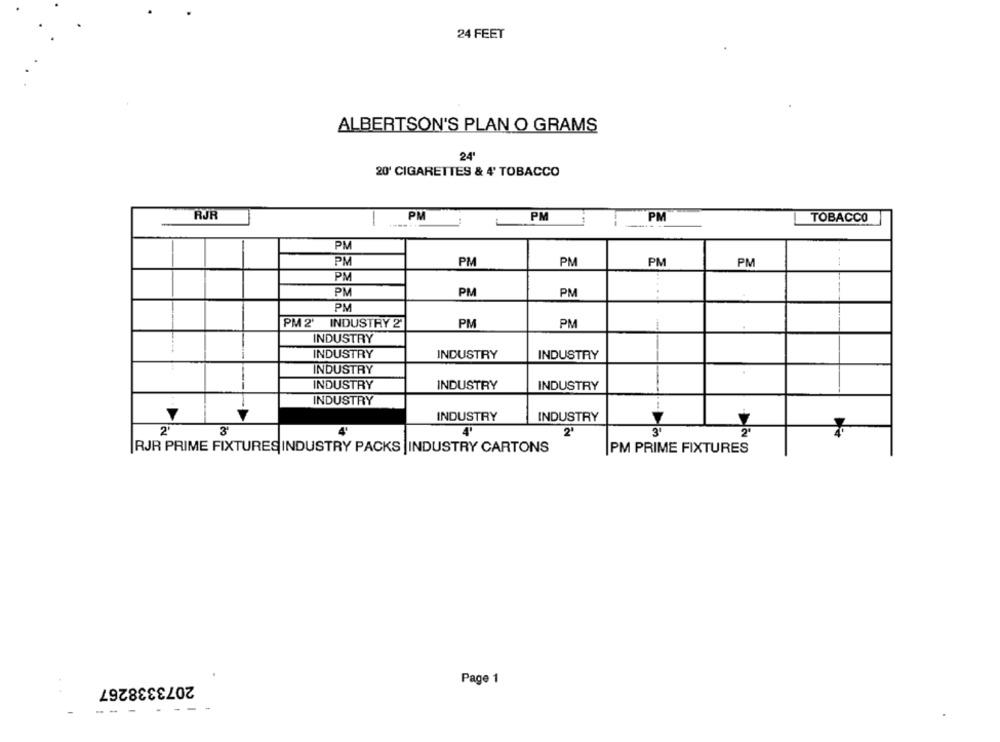
24 FEET
ALBERTSON'S PLAN O GRAMS
24'
20' CIGARETTES & 4' TOBACCO
RJR
PM
PM
-
--
PM
TOBACCO
PM
PM
PM
PM
PM
PM
--
PM
PM
PM
PM
.....
PM
PM 2' INDUSTRY 2'
PM
PM
INDUSTRY
INDUSTRY
INDUSTRY
INDUSTRY
INDUSTRY
INDUSTRY
INDUSTRY
INDUSTRY
INDUSTRY
INDUSTRY
INDUSTRY
3'
2'
4'
2'
3
2
RJR PRIME FIXTURES INDUSTRY PACKS |INDUSTRY CARTONS
PM PRIME FIXTURES
2073338267
Page 1
..
-- -